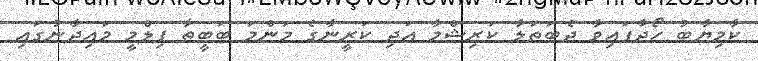
ކާމިޔާބު ހޯދާފައިވާ ދެބަތަލާ ކަރިޝްމާ އަދި ކަރީނާގެ މަންމަ ބަބީތާ ފިލްމީ މައިދާނުގައި